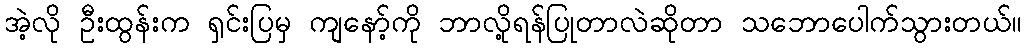
အဲ့လို ဦးထွန်းက ရှင်းပြမှ ကျနော့်ကို ဘာလို့ရန်ပြုတာလဲဆိုတာ သဘောပေါက်သွားတယ်။